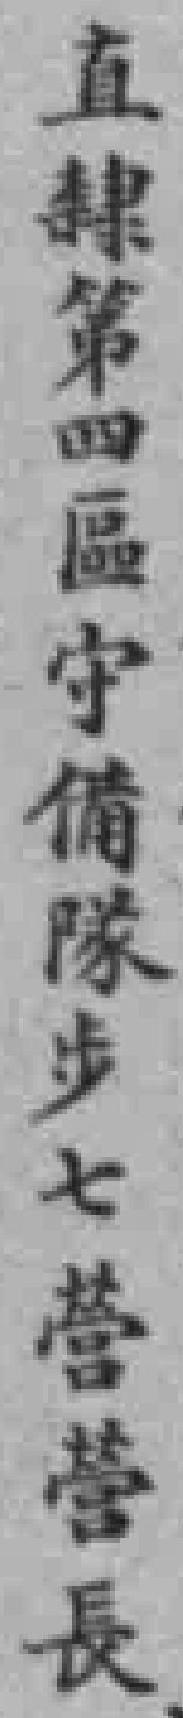
直隸第四區守備隊步七营营長